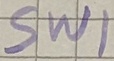
Text: SWI